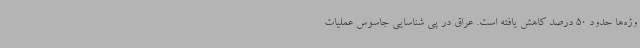
وژه‌ها حدود 50 درصد کاهش یافته است. عراق در پی شناسایی جاسوس عملیات